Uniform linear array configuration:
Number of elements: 24
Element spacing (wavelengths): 1
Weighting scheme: kaiser
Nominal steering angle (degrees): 60
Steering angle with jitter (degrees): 59.826
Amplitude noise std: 0.05
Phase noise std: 0.05

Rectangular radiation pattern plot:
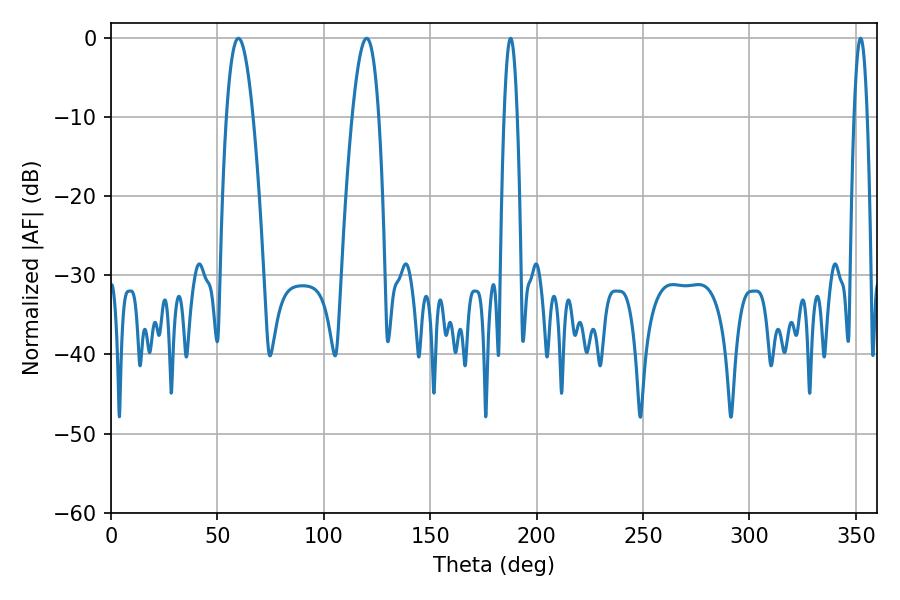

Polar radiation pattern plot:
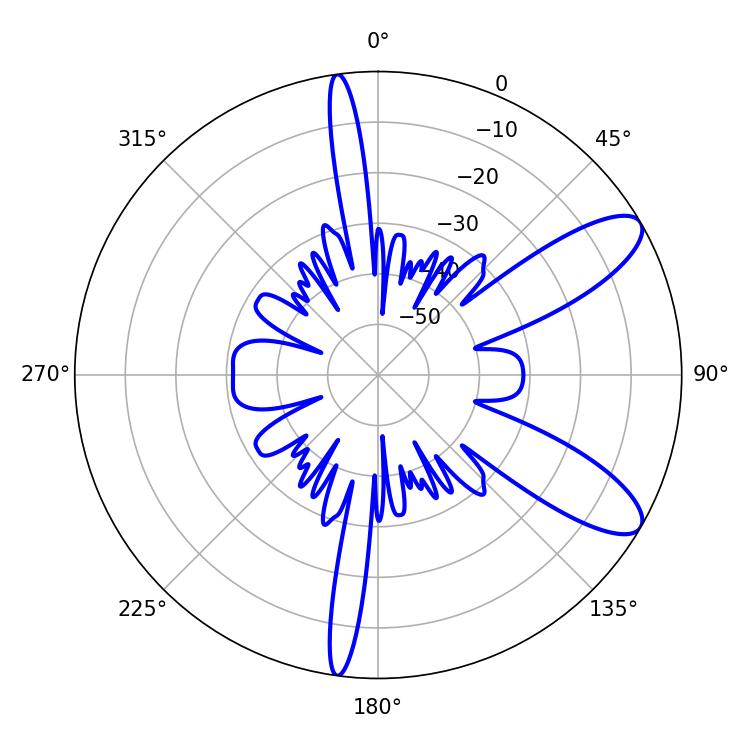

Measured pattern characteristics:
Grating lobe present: TRUE
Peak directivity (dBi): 9.862
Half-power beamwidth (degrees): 3.24
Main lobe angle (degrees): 187.74